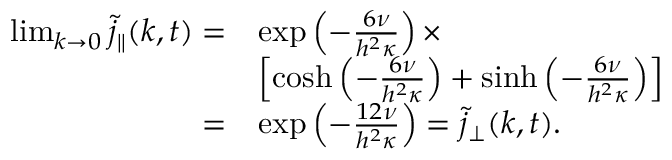
\begin{array} { r l } { \operatorname* { l i m } _ { k \to 0 } \tilde { j } _ { \parallel } ( k , t ) = } & { \exp \left( - \frac { 6 \nu } { h ^ { 2 } \kappa } \right) \times } \\ & { \left[ \cosh \left( - \frac { 6 \nu } { h ^ { 2 } \kappa } \right) + \sinh \left( - \frac { 6 \nu } { h ^ { 2 } \kappa } \right) \right] } \\ { = } & { \exp \left( - \frac { 1 2 \nu } { h ^ { 2 } \kappa } \right) = \tilde { j } _ { \perp } ( k , t ) . } \end{array}